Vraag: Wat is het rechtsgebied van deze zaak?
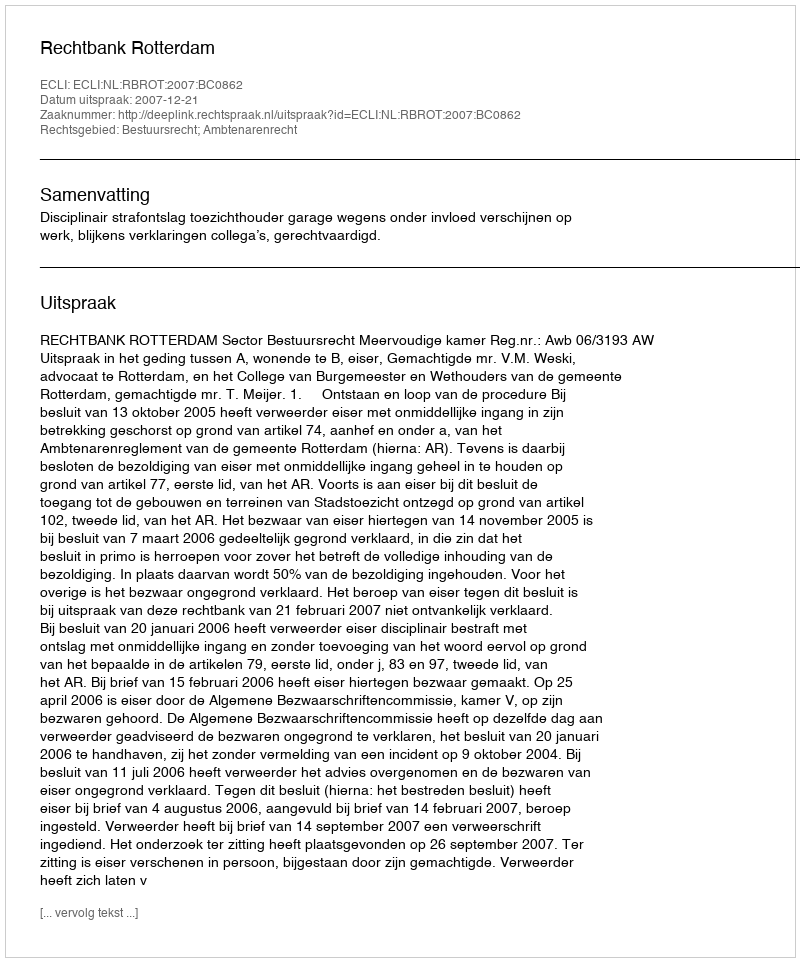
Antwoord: Bestuursrecht; Ambtenarenrecht